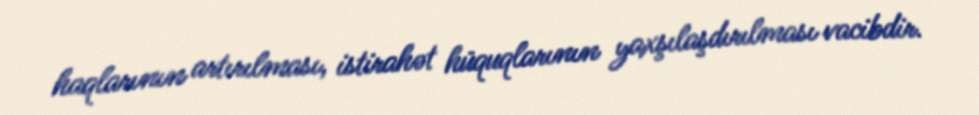
haqlarının artırılması, istirahət hüquqlarının yaxşılaşdırılması vacibdir.